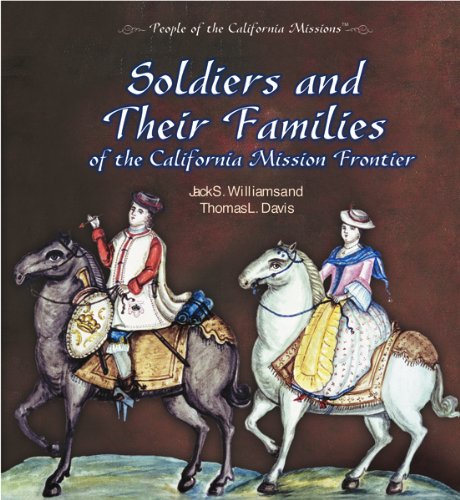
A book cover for Soldiers and Their Families of the California Mission Frontier (People of the California Missions); Jack S. Williams; Children's Books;